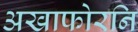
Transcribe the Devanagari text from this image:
अखाफोरनि